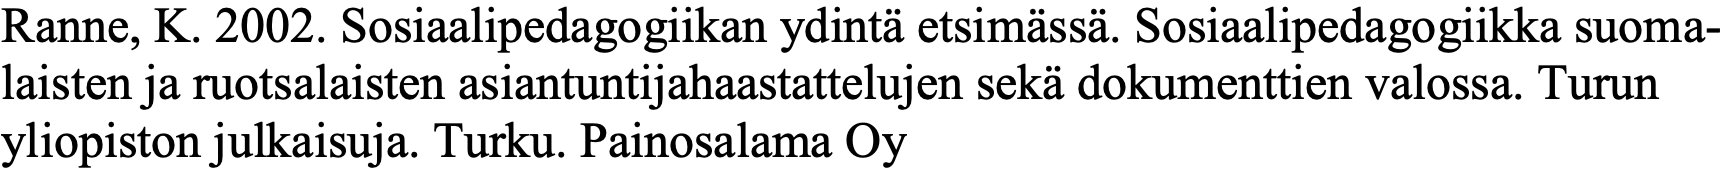
Ranne, K. 2002. Sosiaalipedagogiikan ydintä etsimässä. Sosiaalipedagogiikka suoma- laisten ja ruotsalaisten asiantuntijahaastattelujen sekä dokumenttien valossa. Turun yliopiston julkaisuja. Turku. Painosalama Oy